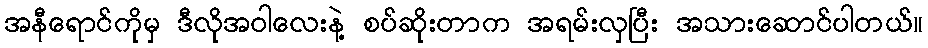
အနီရောင်ကိုမှ ဒီလိုအဝါလေးနဲ့ စပ်ဆိုးတာက အရမ်းလှပြီး အသားဆောင်ပါတယ်။